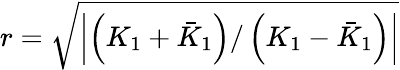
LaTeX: r=\sqrt{\left|\left(K_{1}+\bar{K}_{1}\right)/\left(K_{1}-\bar{K}_{1}\right)\right|}